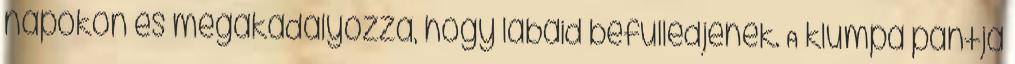
napokon és megakadályozza, hogy lábaid befülledjenek. A klumpa pántja